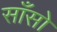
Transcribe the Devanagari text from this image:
साँसो